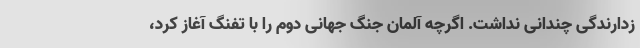
زدارندگی چندانی نداشت. اگرچه آلمان جنگ جهانی دوم را با تفنگ آغاز کرد،